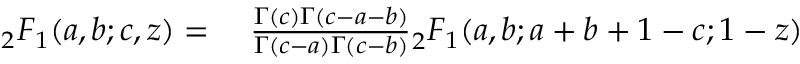
\begin{array} { r l } { { } _ { 2 } F _ { 1 } ( a , b ; c , z ) = { } } & { { } { \frac { \Gamma ( c ) \Gamma ( c - a - b ) } { \Gamma ( c - a ) \Gamma ( c - b ) } } { } _ { 2 } F _ { 1 } ( a , b ; a + b + 1 - c ; 1 - z ) } \end{array}